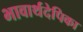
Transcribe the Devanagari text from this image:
भावार्थदेपिका